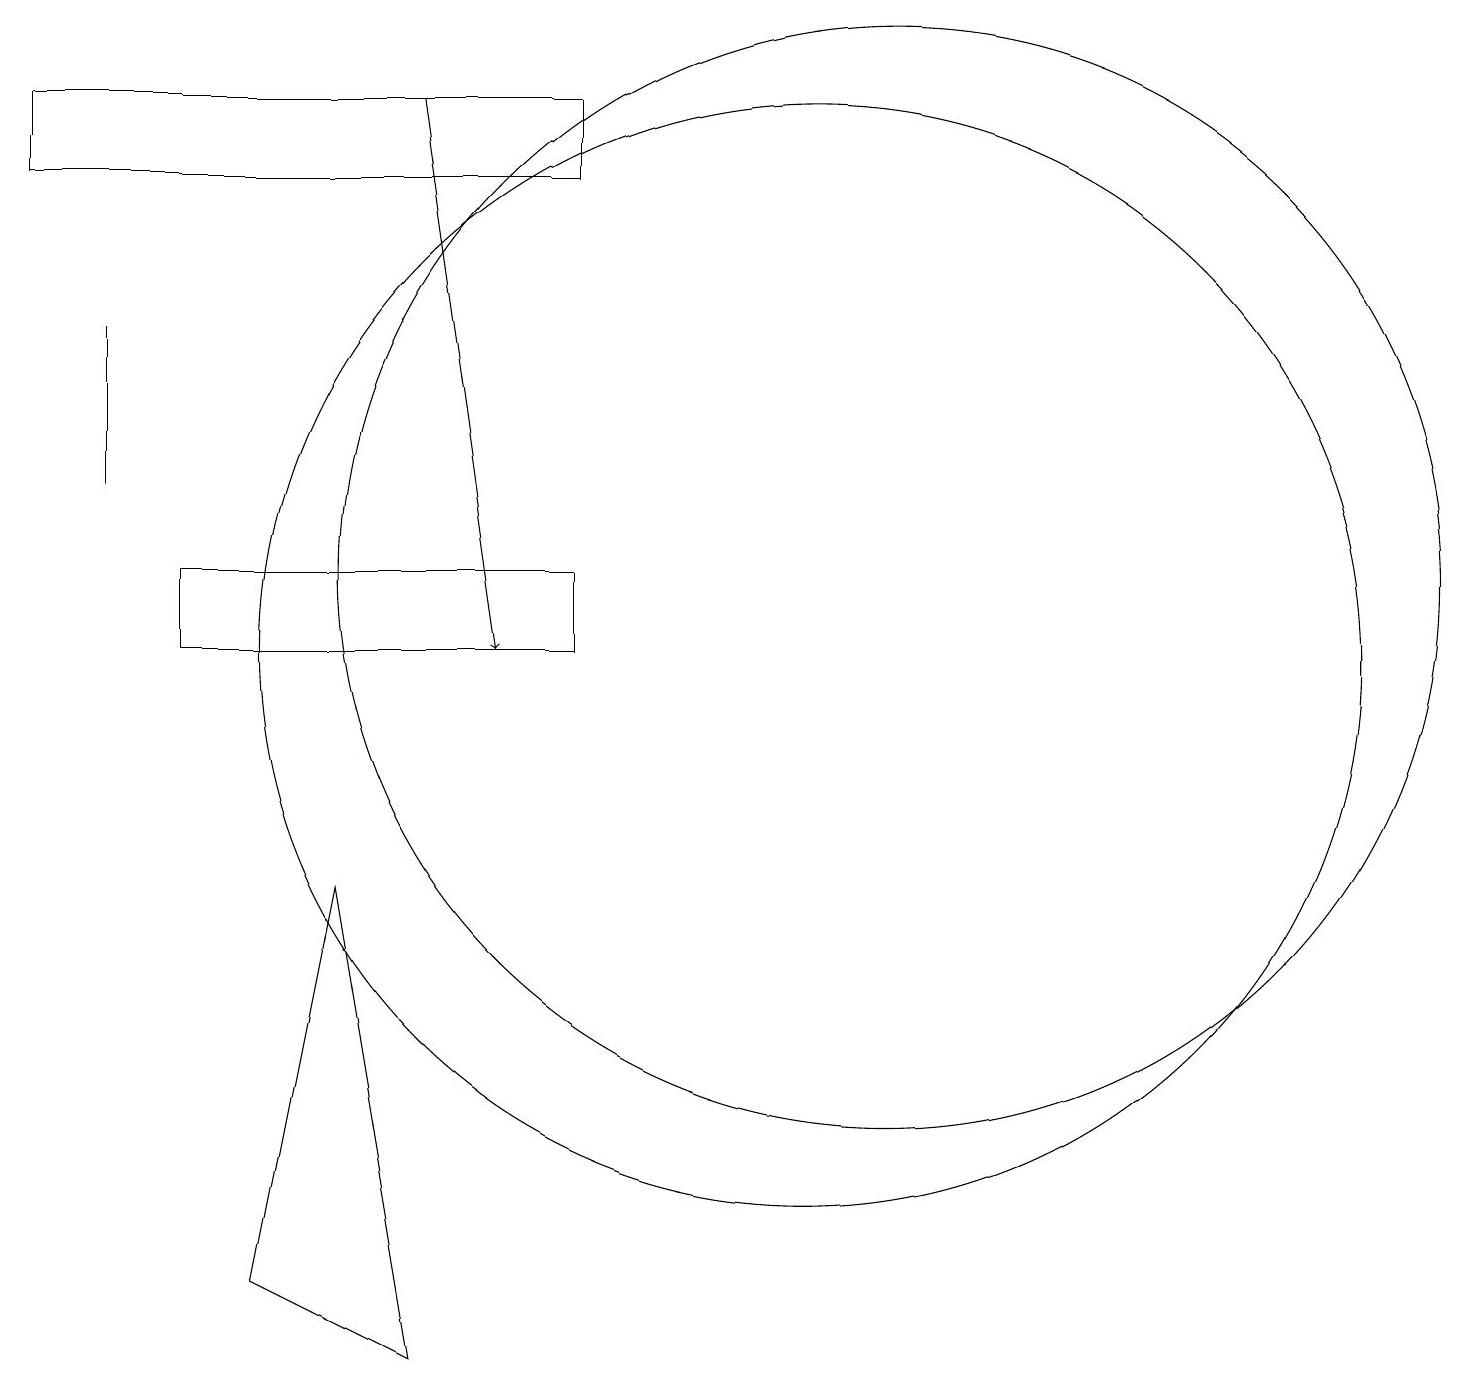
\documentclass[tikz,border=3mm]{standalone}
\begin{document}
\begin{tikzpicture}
\draw (11,12) circle (7);
\draw (4,8) -- (3,3) -- (5,2) -- cycle;
\draw[->] (5,18) -- (6,11);
\draw (1,13) rectangle (1,15);
\draw (7,17) rectangle (0,18);
\draw (10,11) circle (7);
\draw (7,12) rectangle (2,11);
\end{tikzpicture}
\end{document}